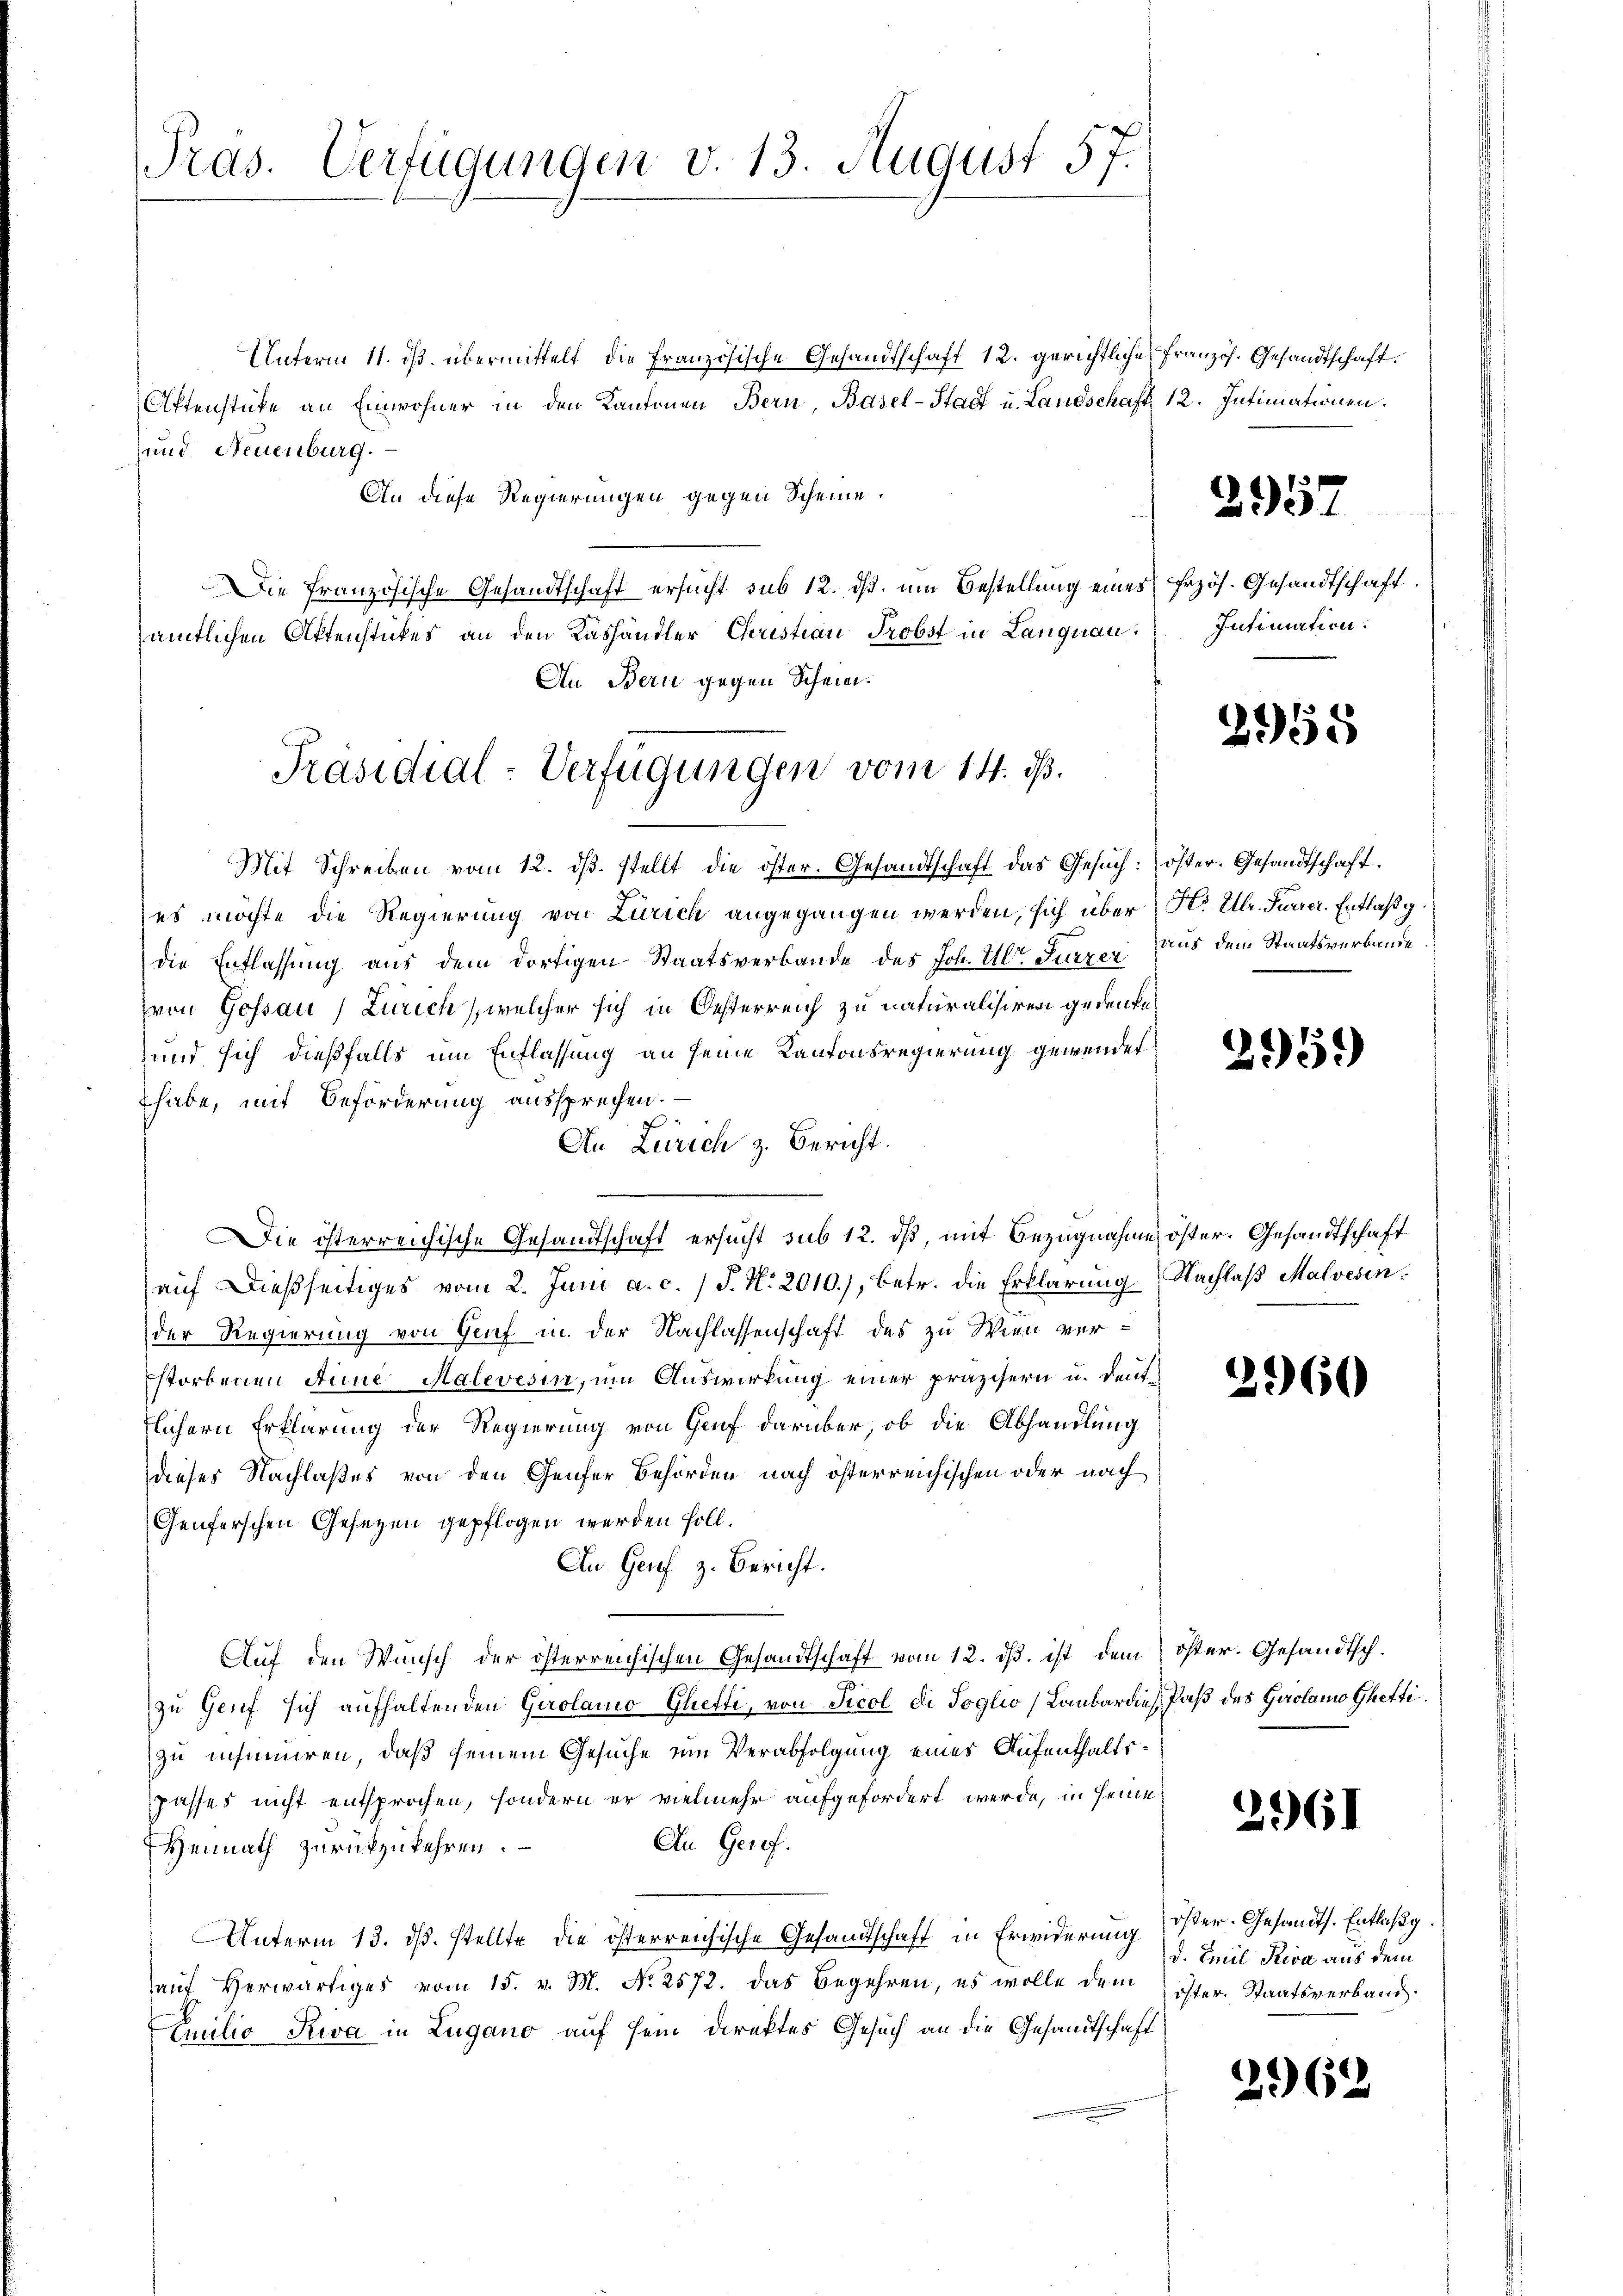
Pras. Verfügungen v. 13. August 57.

Unterm 11. ds. übermittelt die Französische Gesandtschaft 12. gerichtliche
Aktenstücke an Einwohner in den Kantonen Bern, Basel-Stadt u. Landschaft 12. Intimationen.
und Neuenburg.
An diese Regierungen gegen Scheine.
Die französische Gesandtschaft ersucht sub 12. dß. um Bestellung eines frzös. Gesandtschaft
sämtlichen Aktenstückes an den Kashändler Christian Probst in Langnau.
An Bern gegen Schein.
Mit Schreiben vom 12. dβ. stellt die öster. Gesandtschaft das Gesŭch: öster. Gesandtschaft.
es möchte die Regierung von Zürich angegangen werden, sich über H. Ulr. Furrer. Entlaß g
die Entlassung aus dem dortigen Staatsverbande des Joh. Ulr. Furzer Aus dem Staatsverbande
(von Gossau) Zürich, welcher sich in Oesterreich zu naturalisiren gedenke
und sich dießfalls um Entlassung an seine Kantonsregierung gewendet
habe, mit Beförderung aussprechen. —
f
An Zürich z. Bericht.
Die österreichische Gesandtschaft ersucht sub 12. ds, mit Bezugnahme öster, Gesandtschaft
aŭf dießseitiges vom 2. Juni a. c. / J. N. 2010), betr. die Erklärung Nachlaß Malvesen.
der Regierung von Genf in der Nachlassenschaft des zu Wien ver¬
Estorbenen Anne Halevesin, um Auswirkung einer präzisern u. deutflichern Erklärung der Regierung von Genf darüber, ob die Abhandlung
dieses Nachlaßes von den Genfer Behörden nach österreichischen oder nach
Genferschen Gesetzen gepflogen werden soll.
An Genf z. Bericht.
Auf den Wunsch der österreichischen Gesandtschaft vom 12. ds. ist dem
zu Genf sich aufhaltenden Gerolano Ghefti, von Sicol di Soglio Lombardie Paß des Gerolamo Ghetti
zu insinuiren, daß seinem Gesuche ein Verabfolgung eines Aufenthaltspasses nicht entsprochen, sondern er vielmehr aufgefordert werde, in seine
An Geref.
Heimath zŭrückzukehren.
Unterm 13. ds. stellte die österreichische Gesandtschaft in Erwiderung
auf herwärtiges vom 15. v. M. N. 2572. Das Begehren, es wolle dem
Euilio Riva in Lugano auf sein Direktes Gesuch an die Gesandtschaft

Präsidial-Verfügungen vom 14. ds.

französ. Gesandtschaft.

2957

Intimation.

2958

295.)

2960

öster. Gesandtsch.

2961

öster- Gesandts. Entlasg.
d. Emil Siva aus dem
ister Staatsverband.

2962